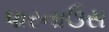
પારનાઉસ